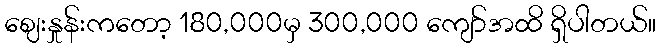
ဈေးနှုန်းကတော့ 180,000မှ 300,000 ကျော်အထိ ရှိပါတယ်။